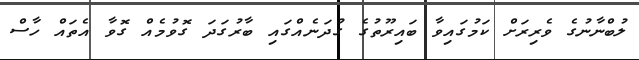
ލުބްނާނުގެ ވެރިރަށް ކަމުގައިވާ ބައިރޫތުގެ ގުދަނެއްގައި ބާރުގަދަ ގޮވުމެއް ގޮވާ އެތައް ހާސް